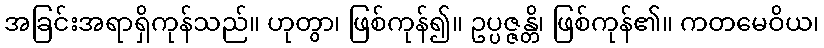
အခြင်းအရာရှိကုန်သည်။ ဟုတွာ၊ ဖြစ်ကုန်၍။ ဥပ္ပဇ္ဇန္တိ၊ ဖြစ်ကုန်၏။ ကတမေဝိယ၊